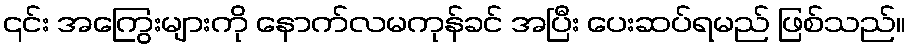
၎င်း အကြွေးများကို နောက်လမကုန်ခင် အပြီး ပေးဆပ်ရမည် ဖြစ်သည်။